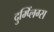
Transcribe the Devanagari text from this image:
दुम्प्लिंग्स